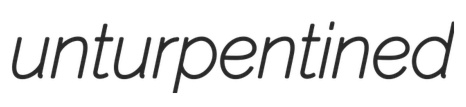
unturpentined